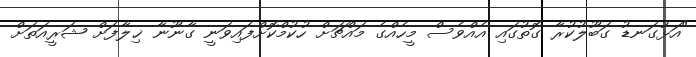
"އަޅުގަނޑު ގަބޫލުކުރާ ގޮތުގައި އެއްވެސް މީހެއްގެ މައްޗަށް ހުކުމްކޮށްފައިވަނީ ގާނޫނާ ޚިލާފަށް ޝަރީއަތަށް